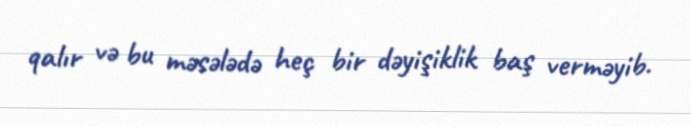
qalır və bu məsələdə heç bir dəyişiklik baş verməyib.